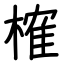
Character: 榷